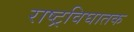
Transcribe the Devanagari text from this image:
राष्ट्रविघातक